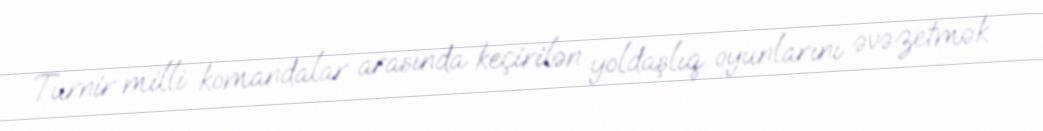
Turnir milli komandalar arasında keçirilən yoldaşlıq oyunlarını əvəzetmək